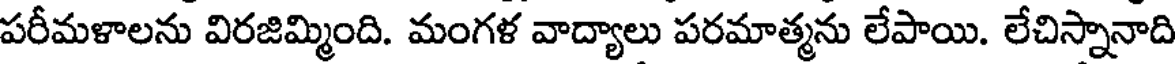
పరీమళాలను విరజిమ్మింది. మంగళ వాద్యాలు పరమాత్మను లేపాయి. లేచిస్నానాది